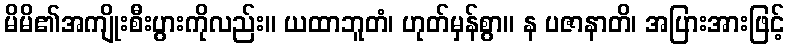
မိမိ၏အကျိုးစီးပွားကိုလည်း။ ယထာဘူတံ၊ ဟုတ်မှန်စွာ။ န ပဇာနာတိ၊ အပြားအားဖြင့်